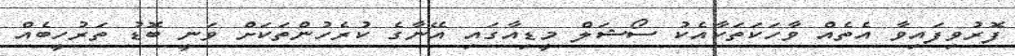
ފޮރުވިފައިވާ އެތެއް ވާހަކަތަކާއެކު ސޯޝަލް މީޑިއާގައި އޭނާގެ ކުރެހުންތަކަށް ވަނީ ބޮޑު ތަރުހީބެއް